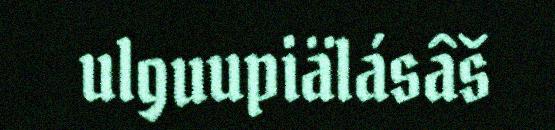
ulguupiälásâš